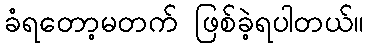
ခံရတော့မတက် ဖြစ်ခဲ့ရပါတယ်။